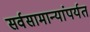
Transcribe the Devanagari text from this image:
सर्वसामान्यांपर्यत